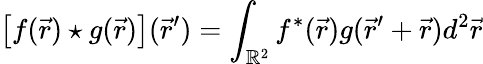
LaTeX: \left[f(\vec{r})\star g(\vec{r})\right](\vec{r}^{\prime})=\int_{\mathbb{R}^{2}}f^{*}(\vec{r})g(\vec{r}^{\prime}+\vec{r})d^{2}\vec{r}